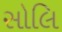
સોલિ